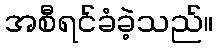
အစီရင်ခံခဲ့သည်။